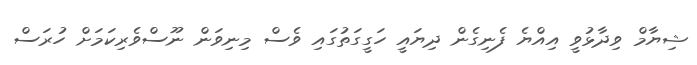
ޝިޔާމް ވިދާޅުވީ އިއްޔެ ފެނިގެން ދިޔައީ ހަގީގަތުގައި ވެސް މިނިވަން ނޫސްވެރިކަމަށް ހުރަސް